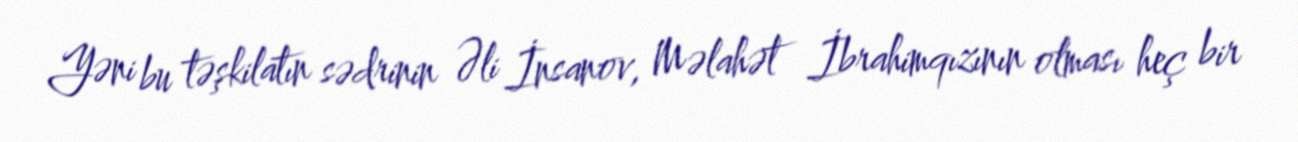
Yəni bu təşkilatın sədrinin Əli İnsanov, Məlahət İbrahimqızının olması heç bir